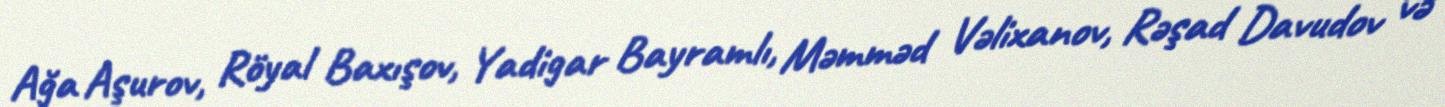
Ağa Aşurov, Röyal Baxışov, Yadigar Bayramlı, Məmməd Vəlixanov, Rəşad Davudov və